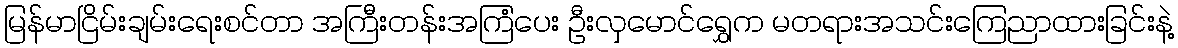
မြန်မာငြိမ်းချမ်းရေးစင်တာ အကြီးတန်းအကြံပေး ဦးလှမောင်ရွှေက မတရားအသင်းကြေညာထားခြင်းနဲ့